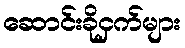
ဆောင်းခိုငှက်များ